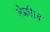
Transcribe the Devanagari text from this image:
डेफ्रीज़